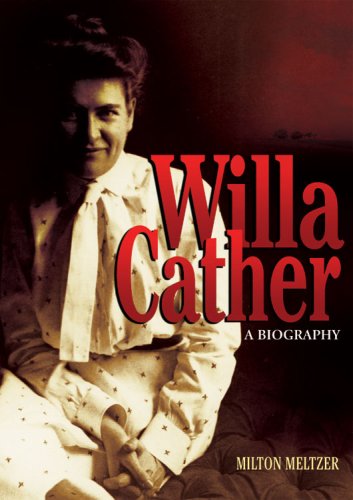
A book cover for Willa Cather: A Biography (Literary Greats); Milton Meltzer; Teen & Young Adult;